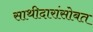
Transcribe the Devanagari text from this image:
साथीदारांसोबत